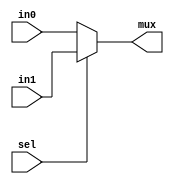
`timescale 1ns/1ps
`define N 8
//Mux_2ways
module mux2
(
	input [`N-1:0] in0,
	input [`N-1:0] in1,
	input sel,
	output [`N-1:0] mux
);

assign mux=sel==0 ? in0: in1;

endmodule


//Mux_3ways
module mux3
(
	input [`N-1:0] in0,
	input [`N-1:0] in1,
	input [`N-1:0] in2,
	input [1:0] sel,
	output reg [`N-1:0] mux
);

always@(*)
begin
	case(sel)
		2'b00:mux=in0;
		2'b01:mux=in1;
		default:mux=in2;
	endcase
end
endmodule

//Mux_4ways
module mux4
(
	input [`N-1:0] in0,
	input [`N-1:0] in1,
	input [`N-1:0] in2,
	input [`N-1:0] in3,
	input [1:0] sel,
	output reg [`N-1:0] mux
);

always@(*)
begin
	case(sel)
		2'b00:mux=in0;
		2'b01:mux=in1;
		2'b10:mux=in2;
		2'b11:mux=in3;
	endcase
end
endmodule